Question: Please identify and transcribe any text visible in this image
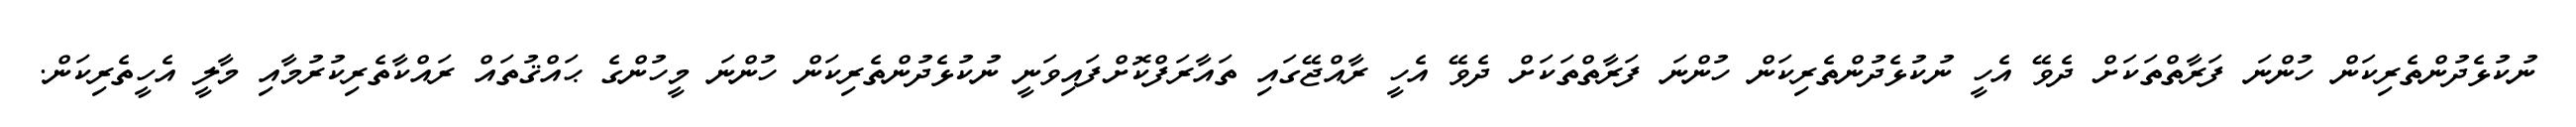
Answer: ނުކުޅެދުންތެރިކަން ހުންނަ ފަރާތްތަކަށް ދެވޭ އެހީ ނުކުޅެދުންތެރިކަން ހުންނަ ފަރާތްތަކަށް ދެވޭ އެހީ ރާއްޖޭގައި ތައާރަފްކޮށްފައިވަނީ ނުކުޅެދުންތެރިކަން ހުންނަ މީހުންގެ ޙައްޤުތައް ރައްކާތެރިކުރުމާއި މާލީ އެހީތެރިކަން.